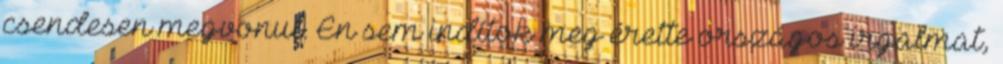
csendesen megvonul. Én sem indítok meg érette országos irgalmat,